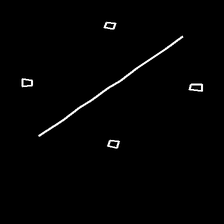
Glyph: cool